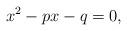
LaTeX: \begin{align*}x^{2}-px-q=0, \end{align*}